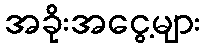
အခိုးအငွေ့များ